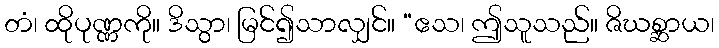
တံ၊ ထိုပုဏ္ဏကို။ ဒိသွာ၊ မြင်၍သာလျှင်။ “ဧသ၊ ဤသူသည်။ ဇိဃစ္ဆာယ၊